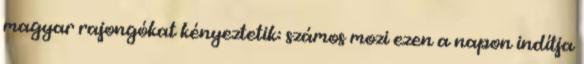
magyar rajongókat kényeztetik: számos mozi ezen a napon indítja